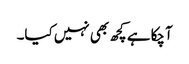
آچکا ہے کچھ بھی نہیں کیا۔